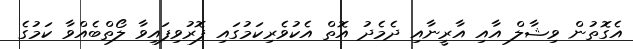
އެގޮތުން ވިޝާލް އާއި އާރީނާއި ދެމެދު އޮތް އެކުވެރިކަމުގައި ފޮރުވިފައިވާ ލޯތްބެއްވާ ކަމުގެ